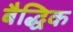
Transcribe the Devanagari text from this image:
बैद्धिक